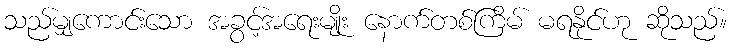
သည်မျှကောင်းသော အခွင့်အရေးမျိုး နောက်တစ်ကြိမ် မရနိုင်ဟု ဆိုသည်။